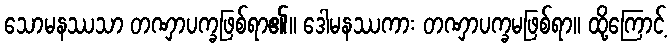
သောမနဿသာ တဏှာပက္ခဖြစ်ရာ၏။ ဒေါမနဿကား တဏှာပက္ခမဖြစ်ရာ။ ထို့ကြောင့်